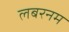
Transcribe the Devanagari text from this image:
लबरनम